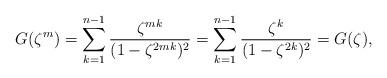
LaTeX: \begin{align*}G(\zeta^m)=\sum_{k=1}^{n-1}\frac{\zeta^{mk}}{(1-\zeta^{2mk})^2}= \sum_{k=1}^{n-1}\frac{\zeta^{k}}{(1-\zeta^{2k})^2}=G(\zeta),\end{align*}